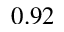
0 . 9 2